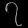
Digit: ၇